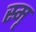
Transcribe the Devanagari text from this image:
स्मृ